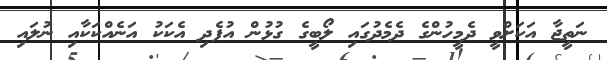
ނަތީޖާ އަކަށްވީ ދެމީހުންގެ ދެމެދުގައި ލޯބީގެ ގުޅުން އުފެދި އެކަކު އަނެއްކަކާއި ނުލައި